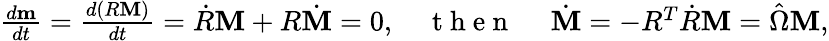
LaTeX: \begin{array}{r}{\frac{d{\mathbf m}}{dt}=\frac{d(R{\mathbf M})}{dt}=\dot{R}{\mathbf M}+R\dot{\mathbf M}=0,\quad\mathrm{~t~h~e~n~}~\quad\dot{\mathbf M}=-R^{T}\dot{R}{\mathbf M}=\hat{\Omega}{\mathbf M},}\end{array}